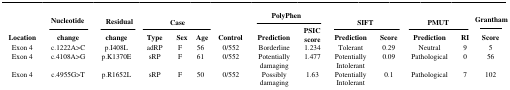
|  | Nucleotide | Residual | <COLSPAN=3> Case |  | <COLSPAN=2> PolyPhen | <COLSPAN=2> SIFT | <COLSPAN=2> PMUT | Grantham |
 | Location | change | change | Type | Sex | Age | Control | Prediction | PSIC score | Prediction | Score | Prediction | RI | Score |
 | --- | --- | --- | --- | --- | --- | --- | --- | --- | --- | --- | --- | --- | --- |
 | Exon 4 | c.1222A>C | p.I408L | adRP | F | 56 | 0/552 | Borderline | 1.234 | Tolerant | 0.29 | Neutral | 9 | 5 |
 | Exon 4 | c.4108A>G | p.K1370E | sRP | F | 61 | 0/552 | Potentially damaging | 1.477 | Potentially Intolerant | 0.09 | Pathological | 0 | 56 |
 | Exon 4 | c.4955G>T | p.R1652L | sRP | F | 50 | 0/552 | Possibly damaging | 1.63 | Potentially Intolerant | 0.1 | Pathological | 7 | 102 |